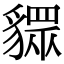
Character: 䝦